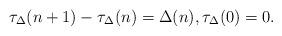
LaTeX: \begin{align*}\tau_\Delta(n+1)-\tau_\Delta(n)=\Delta(n), \tau_\Delta(0)=0.\end{align*}